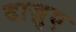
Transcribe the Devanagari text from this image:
दाज़ुए